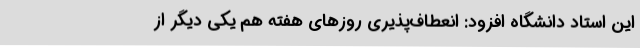
این استاد دانشگاه افزود: انعطاف‌پذیری روزهای هفته هم یکی دیگر از